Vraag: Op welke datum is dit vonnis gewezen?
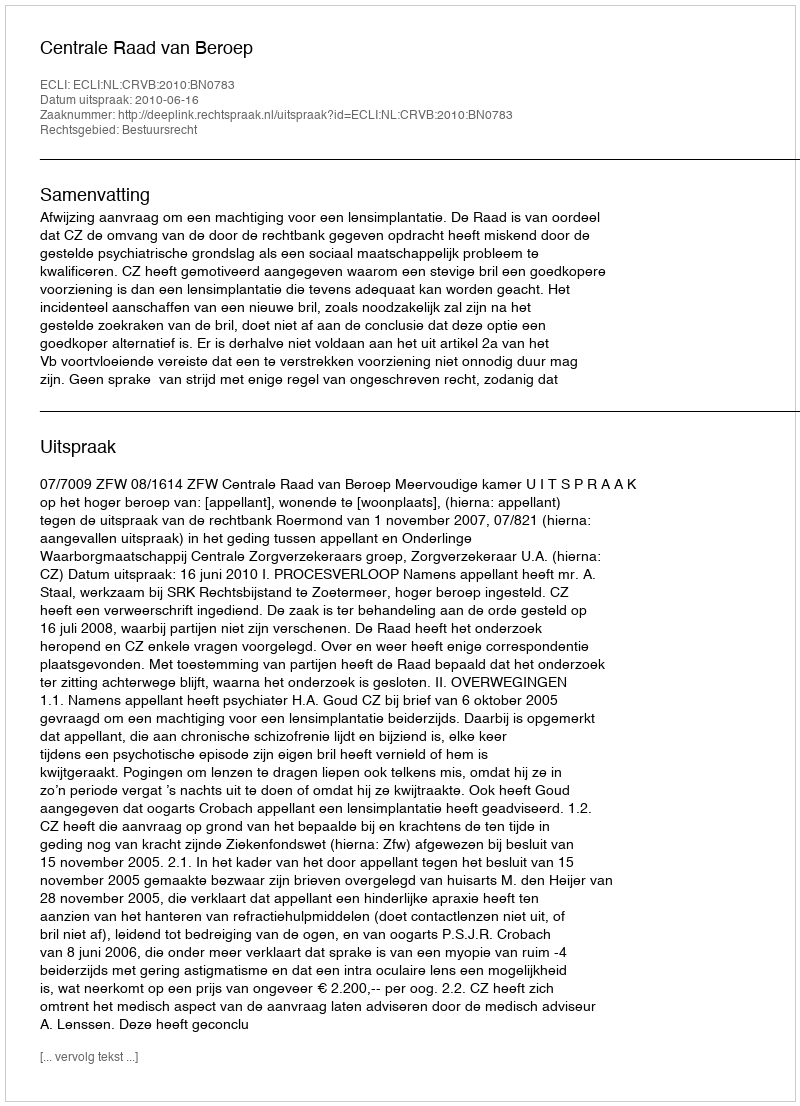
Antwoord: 2010-06-16